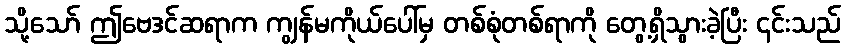
သို့သော် ဤဗေဒင်ဆရာက ကျွန်မကိုယ်ပေါ်မှ တစ်စုံတစ်ရာကို တွေ့ရှိသွားခဲ့ပြီး ၎င်းသည်